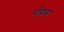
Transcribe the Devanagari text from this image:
प्रोयस